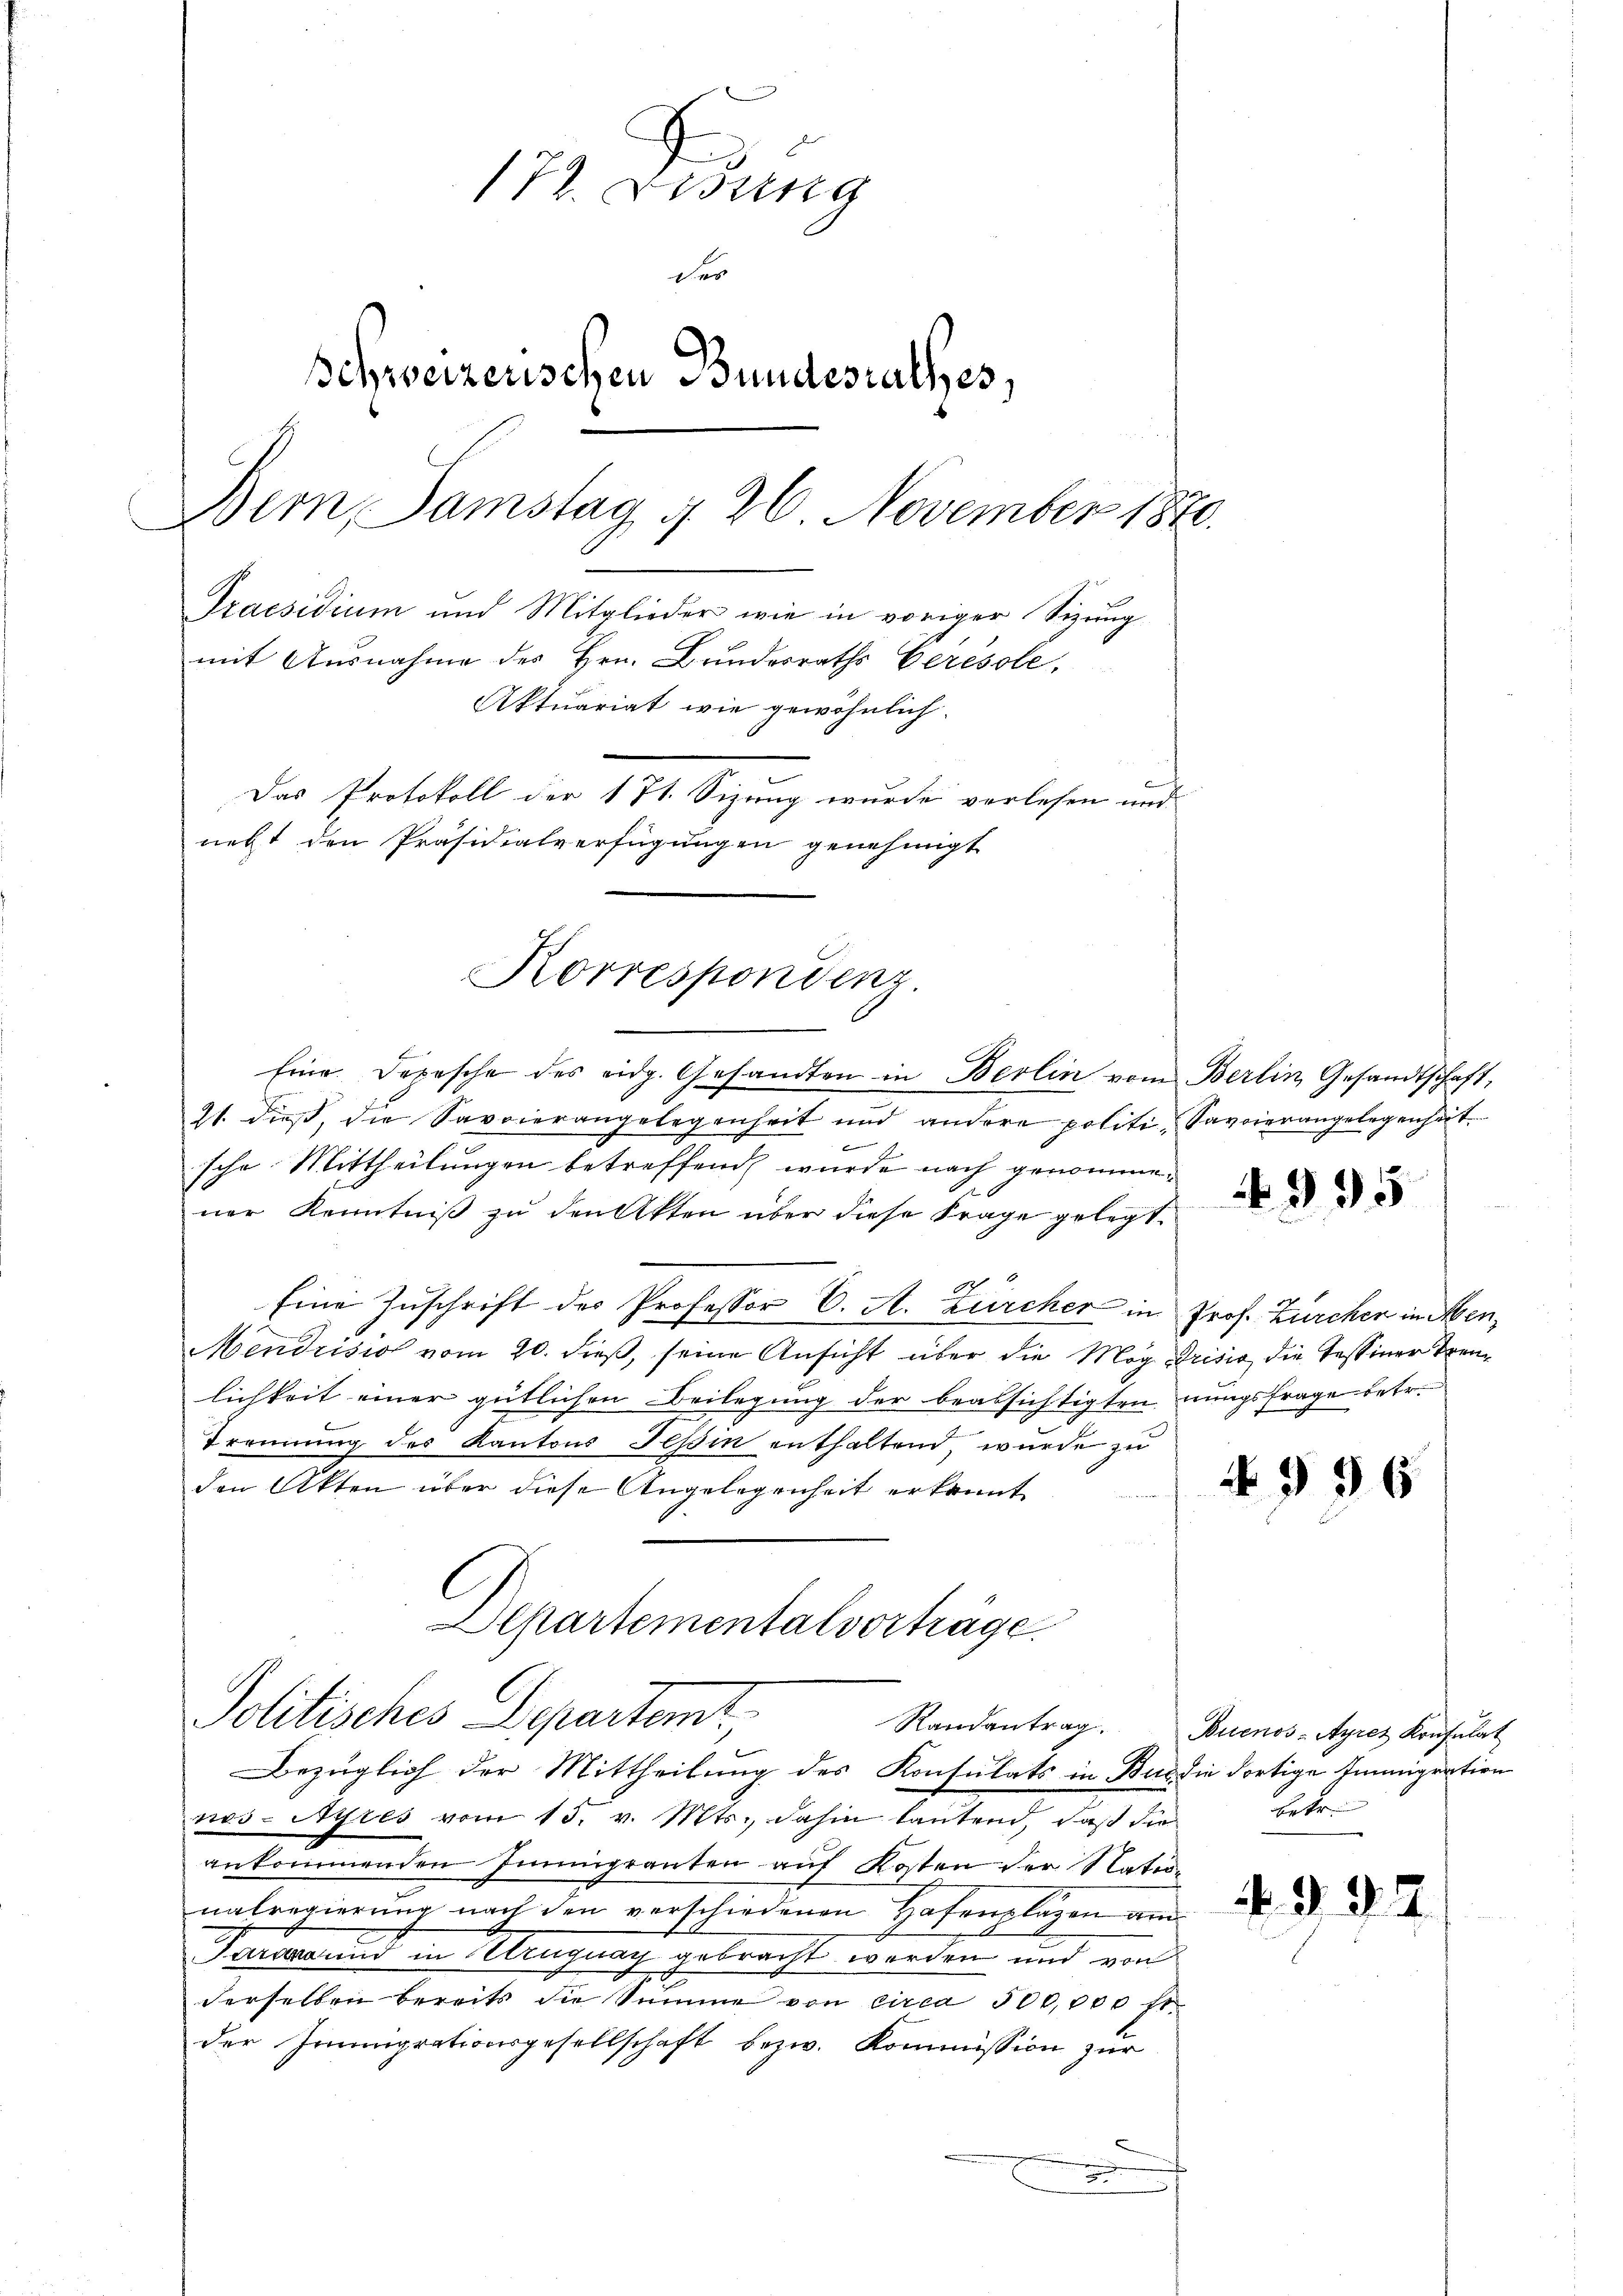
172. Besing
der
Schweizerischen Bundesrathes,
Bem, Samstag d. 26 November 1870.
Praesidium und Mitglieder wie in voriger Sizung
mit Ausnahme des Hrn. Bundesraths Ceresole,
Aktuariat wie gewöhnlich.
Das Protokoll der 171. Sizung wurde verlesen und
necht den Präsidialverfügungen genehmigt

21. dieß, die Savoierangelegenheit und andere politi-Savoierangelegenheit
2
sche Mittheilungen betreffend wurde nach genommener Kenntniß zu den Akten über diese Frage gelegt.
Eine Zuschrift der Professor C. A. Zürcher in Prof. Zürchen im Men¬
Mendrision vom 20. dieß, seine Ansicht über die Mag Drisis die Tessiner Trenlichkeit einer gütlichen Beilegung der beabsichtigten nungsfrage betr.
Trennung des Kantons Tessin enthaltend, wurde zu
den Akten über diese Angelegenheit erkannt
Departementalvorträge

Korrespondenz.
Eine Depesche des eidg. Gesandten in Berlin vom Berlin Gesandtschaft,

Politisches Departemt

Bezüglich der Mittheilung des Konsulats in Bur die dortige Immigration
nos-Ayres vom 15. v. Mts. dahin lautend, daß die
ankommenden Immigranten auf Kosten der Natur-
nalregierung nach den verschiedenen Hafenplazen am
Trauung und in Ungnay gebracht worden und von
derselben bereits die Summe von circa 500,000 fl.
der Immungrationsgesellschaft bezw. Kommission zur
.

N 395

N 596

Randantrag. Buenos-Ayres Konsulat
betr.

.9.3.5